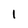
Character: 1